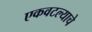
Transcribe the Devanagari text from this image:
एकवटल्याचे